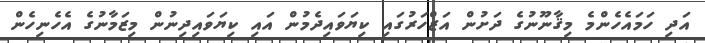
އަދި ހަމައެެހެންމެ މިޤާނޫނުގެ ދަށުން އަޒްހަރުގައި ކިޔަވައިދެމުން އައި ކިޔަވައިދިނުން މިޒަމާނުގެ އެހެނިހެން